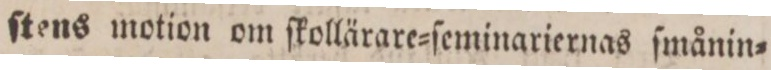
ſtens motion om ſkollärare=ſeminariernas ſmånin=